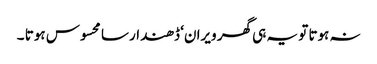
نہ ہوتا تو یہ ہی گھر ویران‘ ڈھندار سا محسوس ہوتا ۔